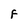
Character: F